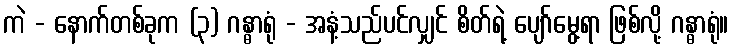
ကဲ - နောက်တစ်ခုက (၃) ဂန္ဓာရုံ - အနံ့သည်ပင်လျှင် စိတ်ရဲ့ ပျော်မွေ့ရာ ဖြစ်လို့ ဂန္ဓာရုံ။